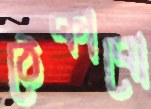
ঠেকাবো